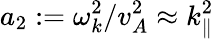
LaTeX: a_{2}:=\omega_{k}^{2}/v_{A}^{2}\approx k_{\parallel}^{2}